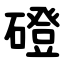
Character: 磴